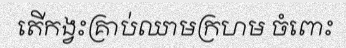
តើកង្វះគ្រាប់ឈាមក្រហម ចំពោះ